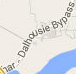
ar - Daihousie Bypass